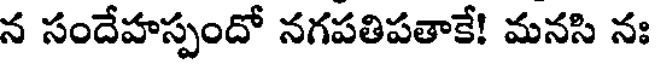
న సందేహస్పందో నగపతిపతాకే! మనసి నః